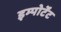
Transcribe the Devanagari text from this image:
इम्पोर्टेंट